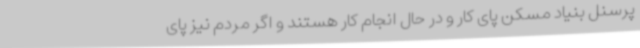
پرسنل بنیاد مسکن پای کار و در حال انجام کار هستند و اگر مردم نیز پای